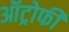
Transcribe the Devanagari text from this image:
ऑट्रोफी